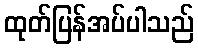
ထုတ်ပြန်အပ်ပါသည်